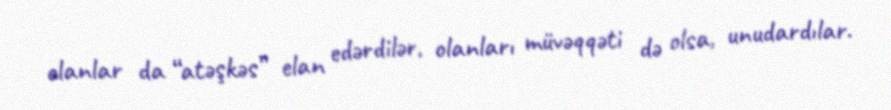
olanlar da “atəşkəs” elan edərdilər, olanları müvəqqəti də olsa, unudardılar.